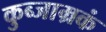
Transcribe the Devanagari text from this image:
कुब्जाम्रकं